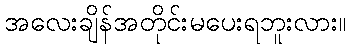
အလေးချိန်အတိုင်းမပေးရဘူးလား။